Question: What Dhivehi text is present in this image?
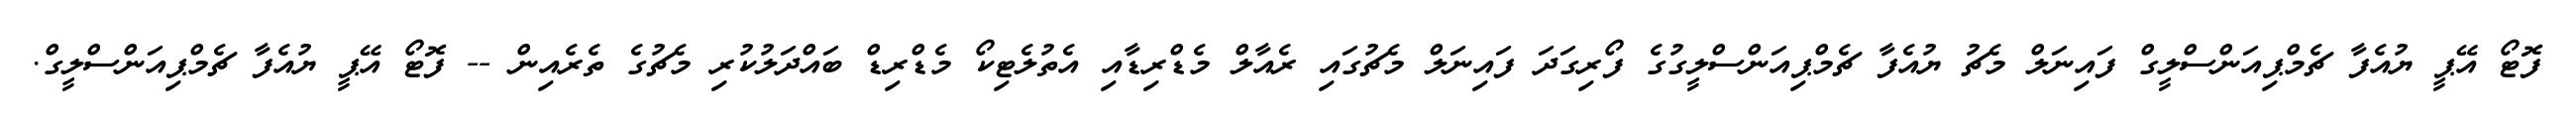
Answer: ފޮޓޯ އޭޕީ ޔުއެފާ ޗެމްޕިއަންސްލީގް ފައިނަލް މެޗު ޔުއެފާ ޗެމްޕިއަންސްލީގުގެ ފޯރިގަދަ ފައިނަލް މެޗުގައި ރެއާލް މެޑްރިޑާއި އެތުލެޓިކޯ މެޑްރިޑް ބައްދަލުކުރި މެޗުގެ ތެރެއިން -- ފޮޓޯ އޭޕީ ޔުއެފާ ޗެމްޕިއަންސްލީގް.